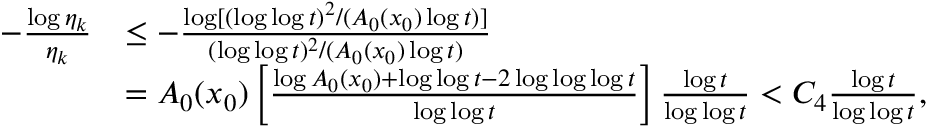
\begin{array} { r l } { - \frac { \log \eta _ { k } } { \eta _ { k } } } & { \le - \frac { \log [ ( \log \log t ) ^ { 2 } / ( A _ { 0 } ( x _ { 0 } ) \log t ) ] } { ( \log \log t ) ^ { 2 } / ( A _ { 0 } ( x _ { 0 } ) \log t ) } } \\ & { = A _ { 0 } ( x _ { 0 } ) \left[ \frac { \log A _ { 0 } ( x _ { 0 } ) + \log \log t - 2 \log \log \log t } { \log \log t } \right] \frac { \log t } { \log \log t } < C _ { 4 } \frac { \log t } { \log \log t } , } \end{array}